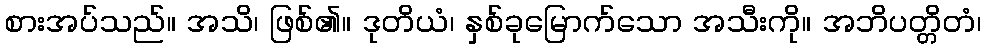
စားအပ်သည်။ အသိ၊ ဖြစ်၏။ ဒုတိယံ၊ နှစ်ခုမြောက်သော အသီးကို။ အဘိပတ္တိတံ၊